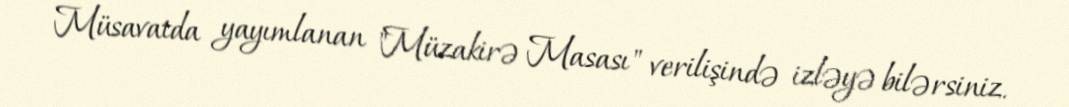
Müsavatda yayımlanan "Müzakirə Masası" verilişində izləyə bilərsiniz.